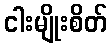
ငါးမျိုးစိတ်